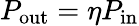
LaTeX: P_{\mathrm{out}}=\eta P_{\mathrm{in}}